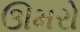
ઊમરો